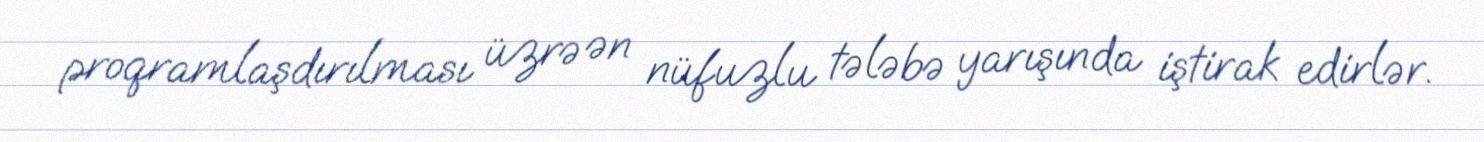
proqramlaşdırılması üzrə ən nüfuzlu tələbə yarışında iştirak edirlər.